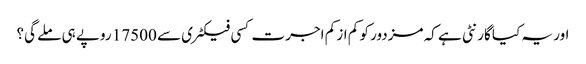
اور یہ کیا گارنٹی ہے کہ مزدور کو کم از کم اجرت کسی فیکٹری سے 17500 روپے ہی ملے گی؟